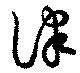
律